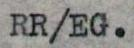
RR/EG.